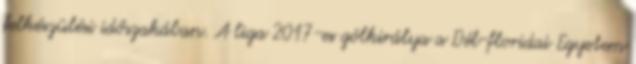
felkészülési időszakában. A liga 2017-es gólkirálya a Dél-floridai Egyetem